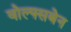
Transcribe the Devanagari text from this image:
वोल्फ्सबेन